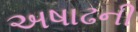
અષાઢની